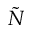
\tilde { N }